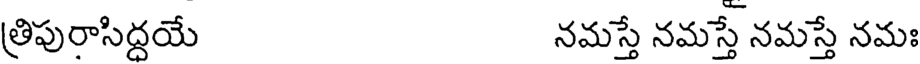
త్రిపురాసిద్దయే నమస్తే నమస్తే నమస్తే నమః